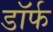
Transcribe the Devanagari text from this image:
डॉर्फ